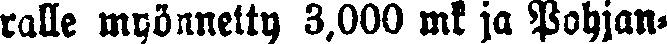
ralle myönnetty 3.000 mk ja Pohjan-